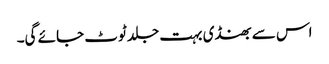
اس سے بھنڈی بہت جلد ٹوٹ جائے گی۔